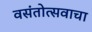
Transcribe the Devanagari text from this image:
वसंतोत्सवाचा